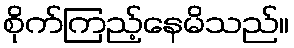
စိုက်ကြည့်နေမိသည်။